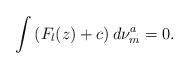
LaTeX: \begin{align*}\int\left(F_l(z)+c\right)d\nu_m^a=0.\end{align*}